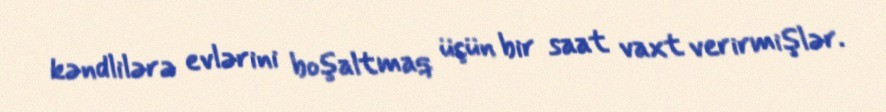
kəndlilərə evlərini boşaltmaq üçün bir saat vaxt verirmişlər.